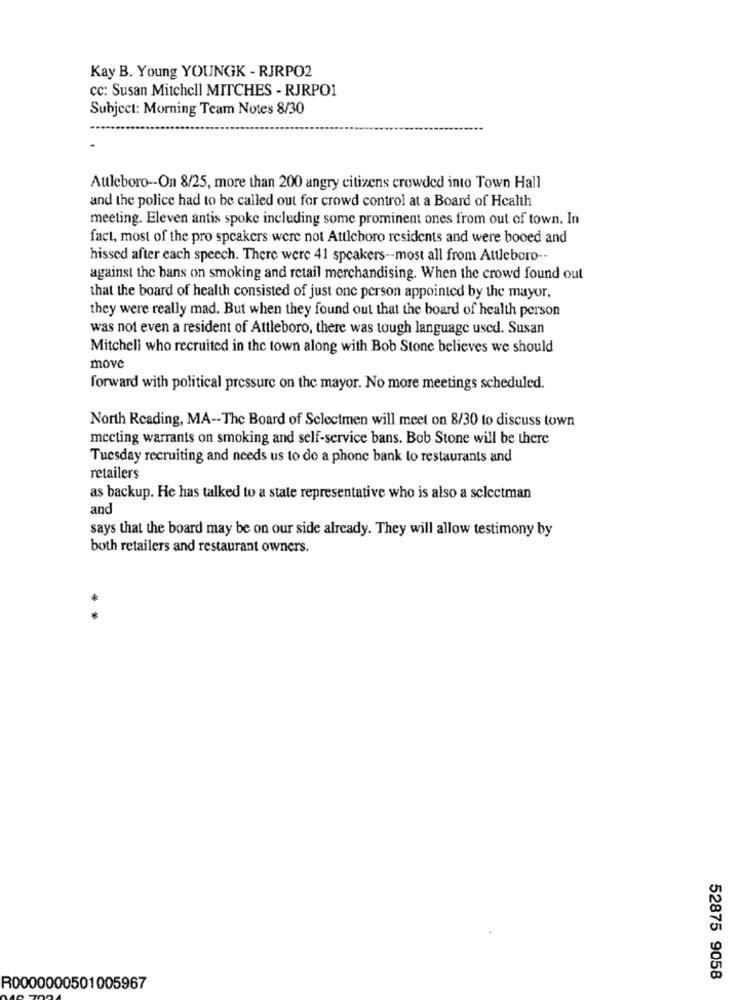
Kay B. Young YOUNGK - RJRPO2
CC: Susan Mitchell MITCHES - RJRPO1
Subject: Morning Team Notes 8/30
Attleboro -- On 8/25, more than 200 angry citizens crowded into Town Hall
and the police had to be called out for crowd control at a Board of Health
meeting. Eleven antis spoke including some prominent ones from out of town. In
fact, most of the pro speakers were not Attleboro residents and were booed and
hissed after each speech. There were 41 speakers -- most all from Attleboro --
against the bans on smoking and retail merchandising. When the crowd found out
that the board of health consisted of just one person appointed by the mayor.
they were really mad. But when they found out that the board of health person
was not even a resident of Attleboro, there was tough language used. Susan
Mitchell who recruited in the town along with Bob Stone believes we should
move
forward with political pressure on the mayor. No more meetings scheduled.
North Reading, MA -- The Board of Selectmen will meet on 8/30 to discuss town
meeting warrants on smoking and self-service bans. Bob Stone will be there
Tuesday recruiting and needs us to do a phone bank to restaurants and
retailers
as backup. He has talked to a state representative who is also a selectman
and
says that the board may be on our side already. They will allow testimony by
both retailers and restaurant owners.
* *
52875 9058
R0000000501005967